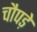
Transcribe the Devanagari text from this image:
चौपड़े